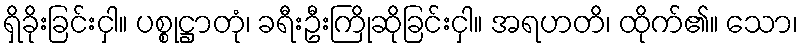
ရှိခိုးခြင်းငှါ။ ပစ္စုဋ္ဌာတုံ၊ ခရီးဦးကြိုဆိုခြင်းငှါ။ အရဟတိ၊ ထိုက်၏။ သော၊